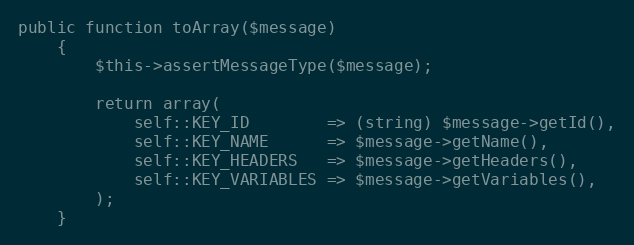
Language: PHP
public function toArray($message)
    {
        $this->assertMessageType($message);

        return array(
            self::KEY_ID        => (string) $message->getId(),
            self::KEY_NAME      => $message->getName(),
            self::KEY_HEADERS   => $message->getHeaders(),
            self::KEY_VARIABLES => $message->getVariables(),
        );
    }